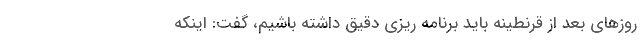
روزهای بعد از قرنطینه باید برنامه ریزی دقیق داشته باشیم، گفت: اینکه